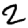
Digit: 2